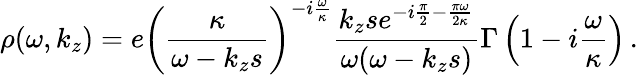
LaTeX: \rho(\omega,k_{z})=e\left(\frac{\kappa}{\omega-k_{z}s}\right)^{-i\frac{\omega}{\kappa}}\frac{k_{z}se^{-i\frac{\pi}{2}-\frac{\pi\omega}{2\kappa}}}{\omega(\omega-k_{z}s)}\Gamma\left(1-i\frac{\omega}{\kappa}\right)\, .